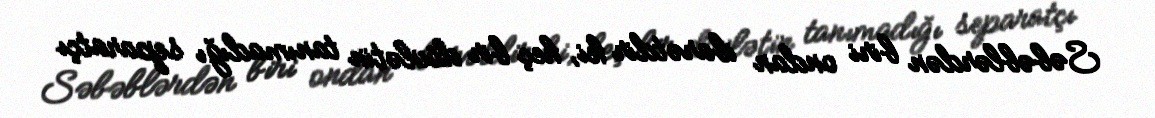
Səbəblərdən biri ondan ibarətdir ki, heç bir dövlətin tanımadığı separatçı